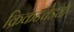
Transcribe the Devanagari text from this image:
क्रिकेटवेड्या